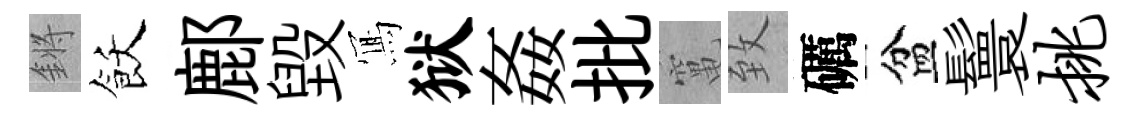
鏘飫鄜毁𭂁狱姦批𥧄致礪盆鬟挑